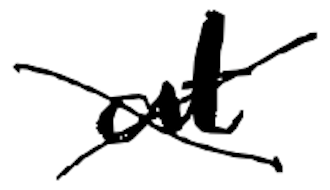
Text: at
Cross-out: mix
Writing tool: digital_black